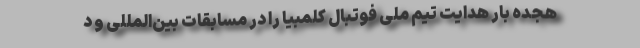
هجده بار هدایت تیم ملی فوتبال کلمبیا را در مسابقات بین‌المللی و د